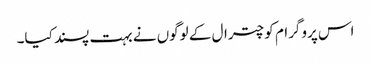
اس پروگرام کو چترال کے لوگوں نے بہت پسند کیا۔